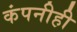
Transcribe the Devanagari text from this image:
कंपनीही